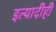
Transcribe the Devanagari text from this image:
इत्यादीही